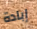
إبادة